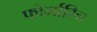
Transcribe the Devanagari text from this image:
फोर्मारिन